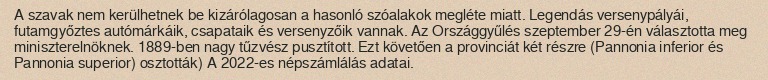
A szavak nem kerülhetnek be kizárólagosan a hasonló szóalakok megléte miatt. Legendás versenypályái, futamgyőztes autómárkáik, csapataik és versenyzőik vannak. Az Országgyűlés szeptember 29-én választotta meg miniszterelnöknek. 1889-ben nagy tűzvész pusztított. Ezt követően a provinciát két részre (Pannonia inferior és Pannonia superior) osztották) A 2022-es népszámlálás adatai.